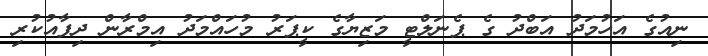
ނިއުގެ އަހުމަދު އަބްދު ގެ ޕެނަލްޓީ މަޒިޔާގެ ކީޕަރު މުހައްމަދު އިމްރާން ދިފާއުކުރި